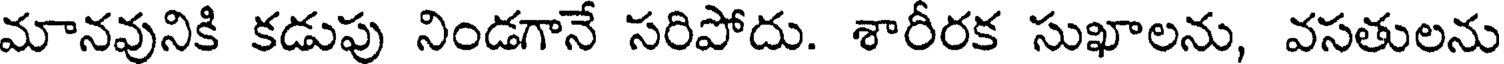
మానవునికి కడుపు నిండగానే సరిపోదు. శారీరక సుఖాలను, వసతులను